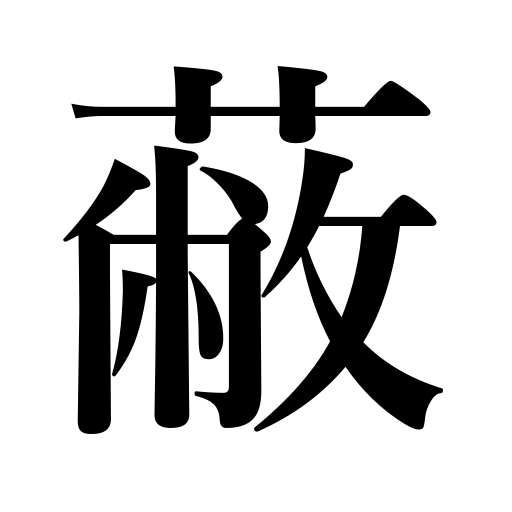
Meanings: awning,bonnet,mantle,coat,hood,shade,cover,covering,casing